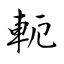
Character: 軛